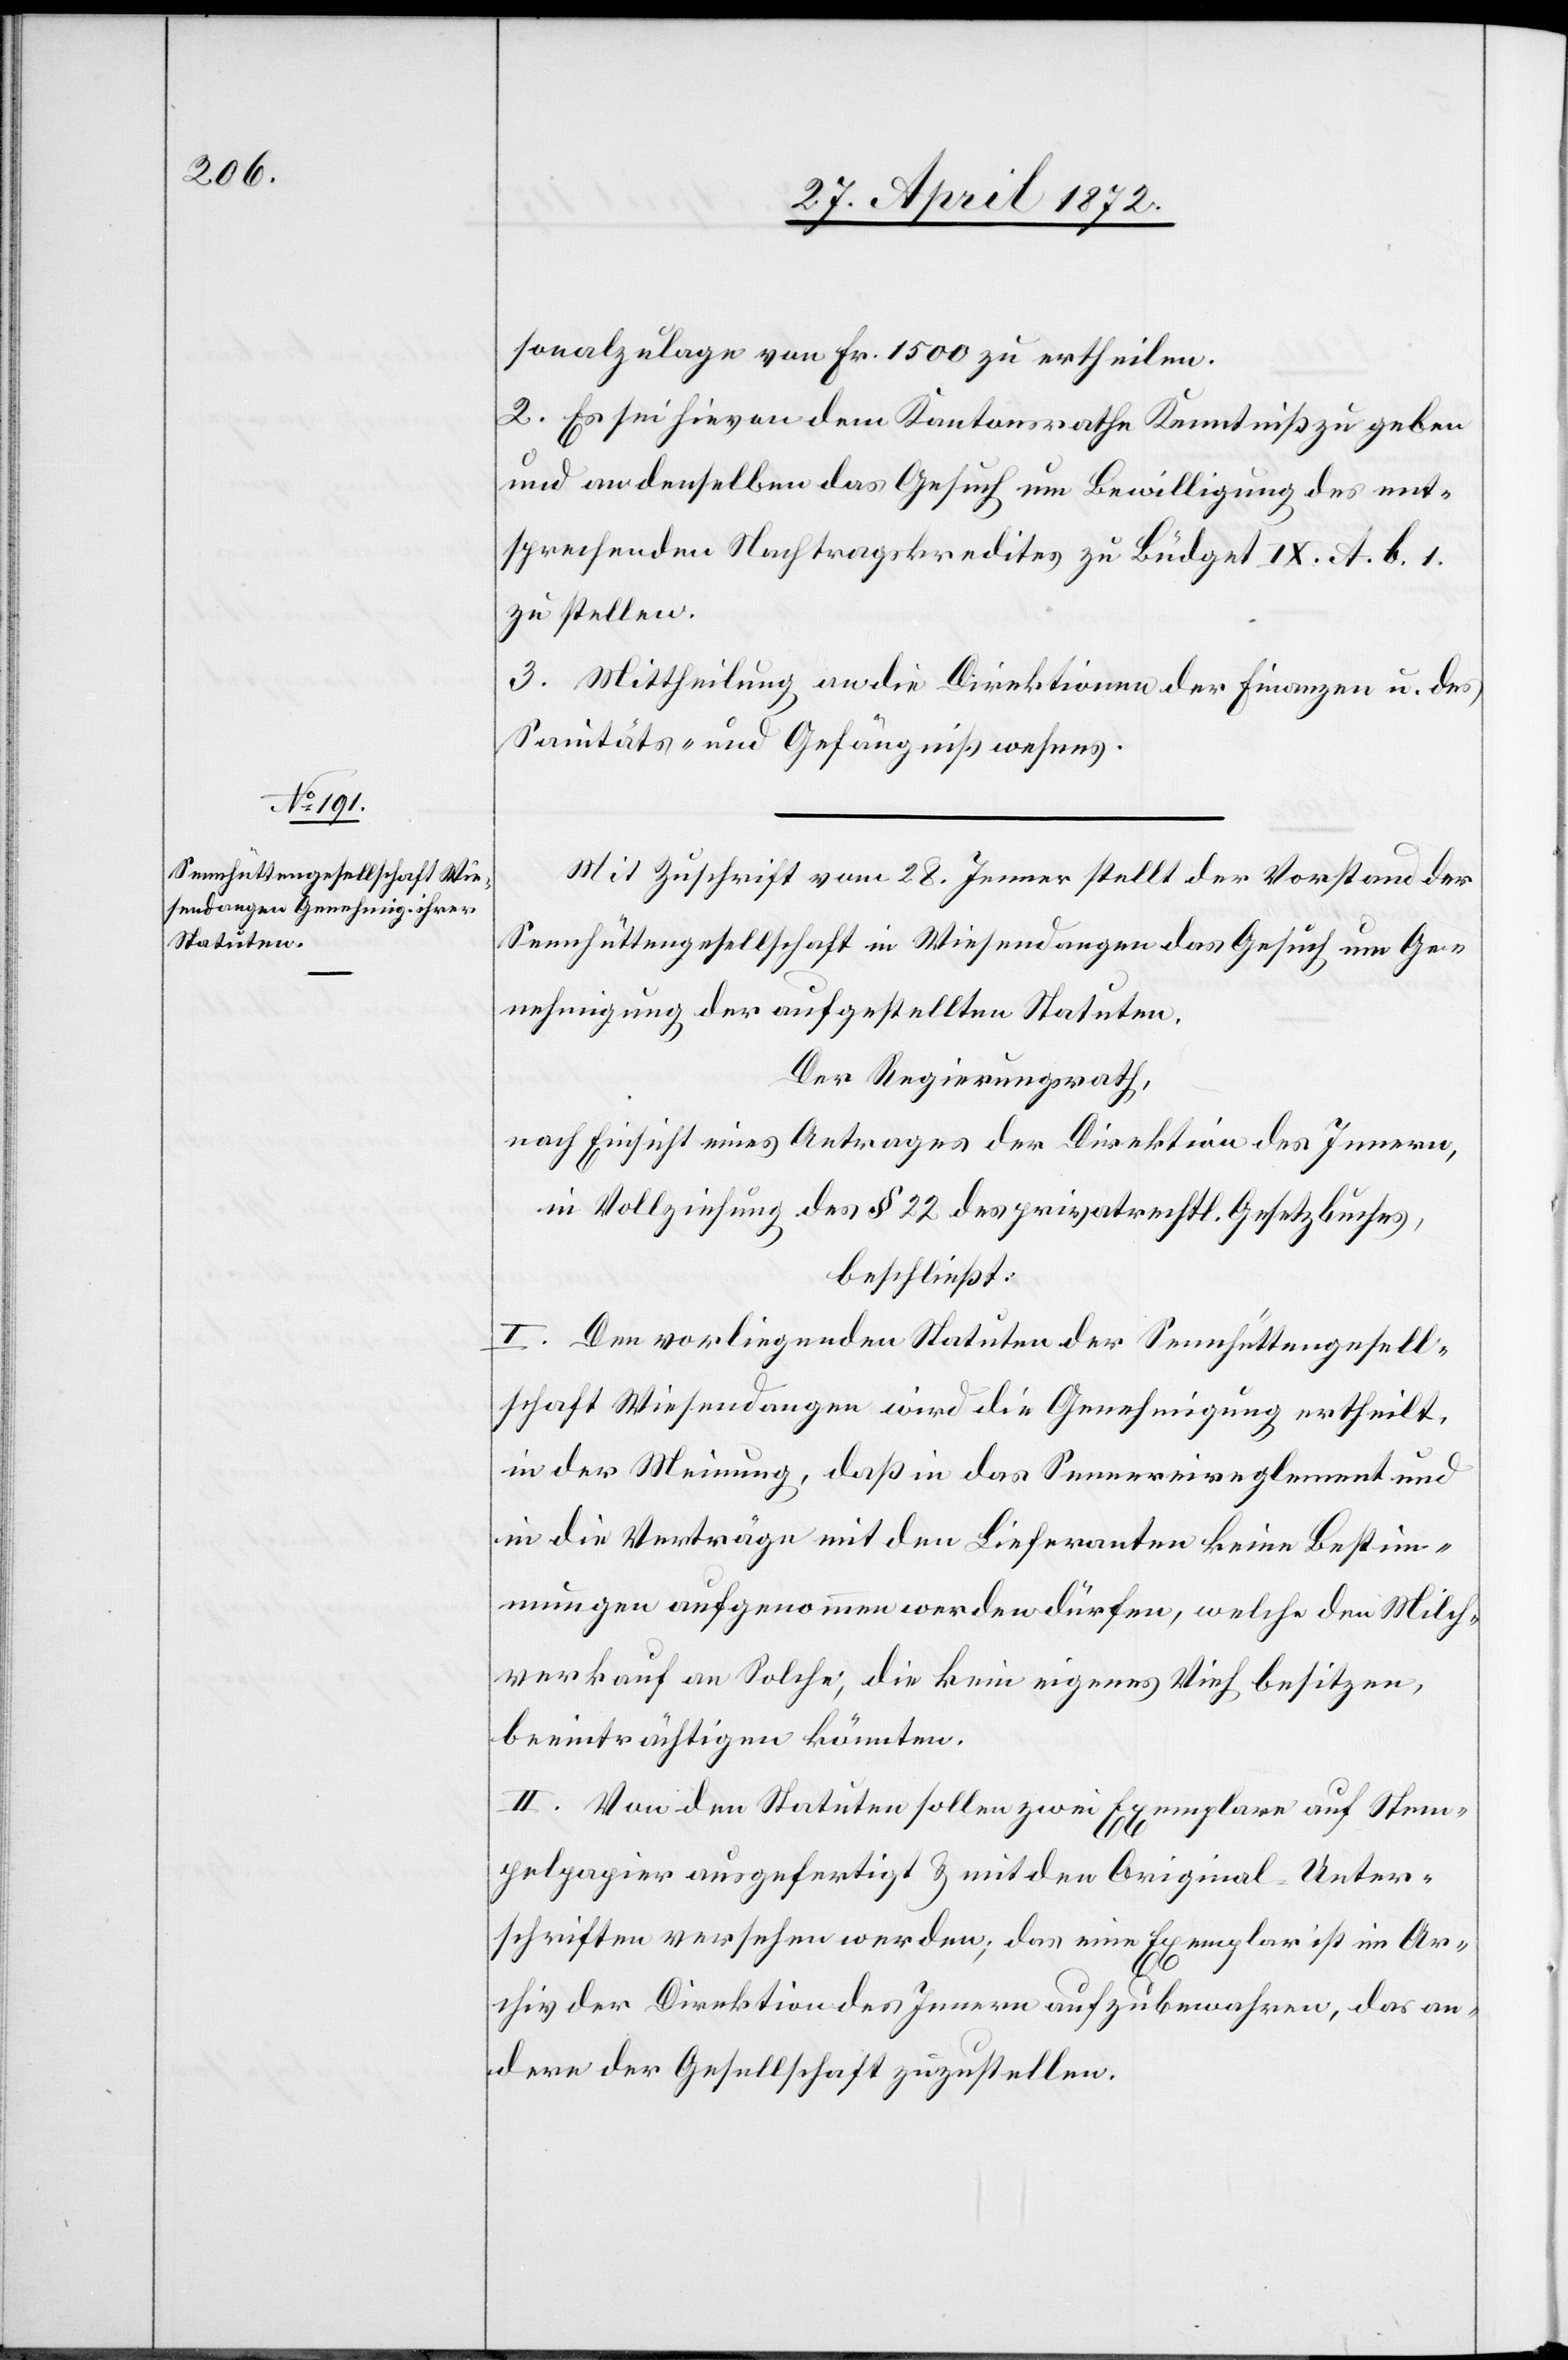
sonalzulage von Fr. 1500 zu ertheilen.
2. Es sei hievon dem Kantonsrathe Kenntniß zu geben
und an denselben das Gesuch um Bewilligung des ent¬
sprechenden Nachtragskredites zu Büdget IX. A. b. 1.
zu stellen.
3. Mittheilung an die Direktionen der Finanzen u. des
Sanitäts- und Gefängnißwesens.
Mit Zuschrift vom 28. Jenner stellt der Vorstand der
Sennhüttengesellschaft in Wiesendangen das Gesuch um Ge¬
nehmigung der aufgestellten Statuten.
Der Regierungsrath,
nach Einsicht eines Antrages der Direktion des Innern,
in Vollziehung des § 22 des privatrechtl. Gesetzbuches,
beschließt:
I. Den vorliegenden Statuten der Sennhüttengesell¬
schaft Wiesendangen wird die Genehmigung ertheilt,
in der Meinung, daß in das Sennereireglement und
in die Verträge mit den Lieferanten keine Bestim¬
mungen aufgenommen werden dürfen, welche den Milch¬
verkauf an Solche, die kein eigenes Vieh besitzen,
beeinträchtigen könnten.
II. Von den Statuten sollen zwei Exemplare auf Stem¬
pelpapier ausgefertigt u. mit den Original-Unter¬
schriften versehen werden; das eine Exemplar ist im Ar¬
chiv der Direktion des Innern aufzubewahren, das an¬
dere der Gesellschaft zuzustellen.